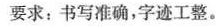
要求：书写准确，字迹工整。